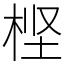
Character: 㭴